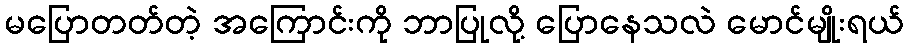
မပြောတတ်တဲ့ အကြောင်းကို ဘာပြုလို့ ပြောနေသလဲ မောင်မျိုးရယ်